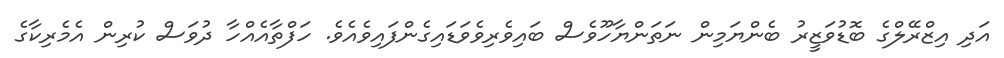
އަދި އިޒްރޭލްގެ ބޮޑުވަޒީރު ބެންޔަމިން ނަތަންޔާހޫވެސް ބައިވެރިވެވަޑައިގެންފައިވެއެވެ. ހަފްތާއެއްހާ ދުވަސް ކުރިން އެމެރިކާގެ